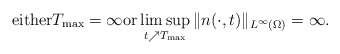
\begin{align*}\mbox{either}T_{\rm max}=\infty\mbox{or}\limsup_{t\nearrow T_{\rm max}}\|n(\cdot,t)\|_{L^{\infty}(\Omega)}=\infty.\end{align*}